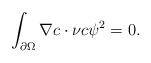
\begin{align*}\int_{\partial\Omega }\nabla c\cdot\nu c\psi^{2}=0.\end{align*}